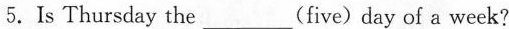
5.Is Thursday the___ (five) day of a week?